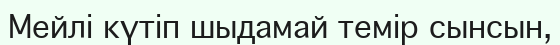
Мейлі күтіп шыдамай темір сынсын,